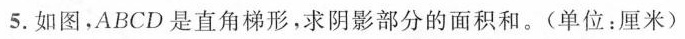
5.如图，ABCD是直角梯形，求阴影部分的面积和。(单位：厘米)